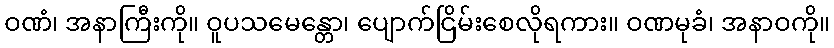
ဝဏံ၊ အနာကြီးကို။ ဝူပသမေန္တော၊ ပျောက်ငြိမ်းစေလိုရကား။ ဝဏမုခံ၊ အနာဝကို။